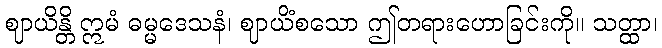
ဈာယိန္တိ ဣမံ ဓမ္မဒေသနံ၊ ဈာယိံစသော ဤတရားဟောခြင်းကို။ သတ္ထာ၊